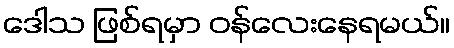
ဒေါသ ဖြစ်ရမှာ ဝန်လေးနေရမယ်။